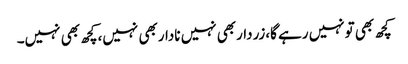
کچھ بھی تونہیں رہے گا،زرداربھی نہیں ناداربھی نہیں،کچھ بھی نہیں۔